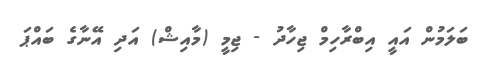
ބަލަމުން އައީ އިބްރާހިމް ޖިހާދު - ޖިމީ (މާއިޝް) އަދި އޭނާގެ ބައްޕަ